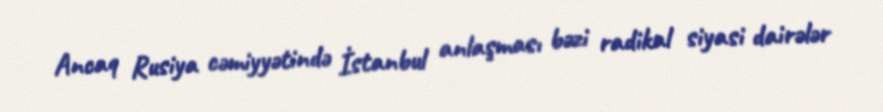
Ancaq Rusiya cəmiyyətində İstanbul anlaşması bəzi radikal siyasi dairələr